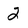
Character: 2